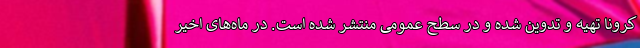
کرونا تهیه و تدوین شده و در سطح عمومی منتشر شده است. در ماه‌های اخیر